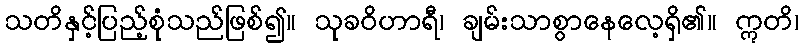
သတိနှင့်ပြည့်စုံသည်ဖြစ်၍။ သုခဝိဟာရီ၊ ချမ်းသာစွာနေလေ့ရှိ၏။ ဣတိ၊